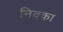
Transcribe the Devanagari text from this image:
निक्का